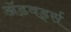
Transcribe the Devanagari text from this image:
ॲडवर्ड्स